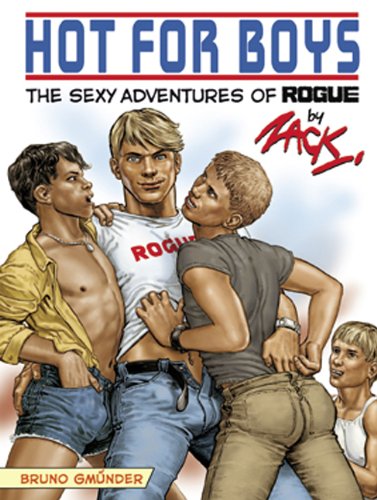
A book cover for Hot for Boys: The Sexy Adventures of Rogue; Comics & Graphic Novels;